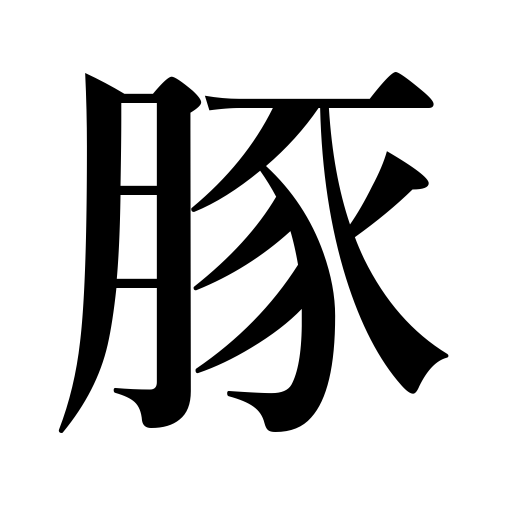
Meanings: pig,hog,swine